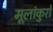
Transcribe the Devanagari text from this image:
मूलांकुरो